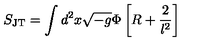
S _ { \mathrm { J T } } = \int d ^ { 2 } x \sqrt { - g } \Phi \left[ R + \frac { 2 } { l ^ { 2 } } \right]